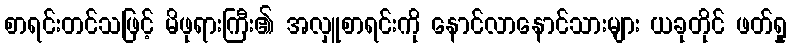
စာရင်းတင်သဖြင့် မိဖုရားကြီး၏ အလှူစာရင်းကို နောင်လာနောင်သားများ ယခုတိုင် ဖတ်ရှု